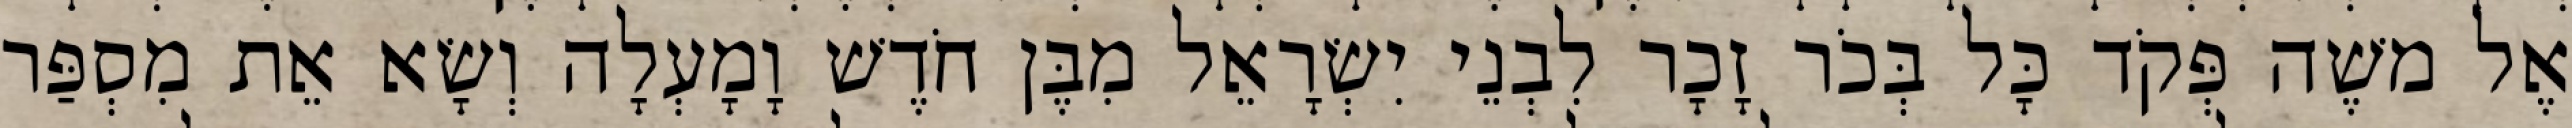
אֶל משֶׁה פְּקֹד כָּל בְּכֹר זָכָר לִבְנֵי יִשְׂרָאֵל מִבֶּן חֹדֶשׁ וָמָעְלָה וְשָׂא אֵת מִסְפַּר